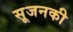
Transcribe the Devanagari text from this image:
सूजनकी